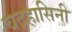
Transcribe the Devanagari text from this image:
चद्रहासिनी